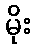
မိုး